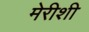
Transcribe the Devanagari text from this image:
मेरीशी